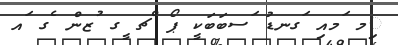
ިމ ަމއި ަގނޑު ަސބަބަކީ ޕޯ ްޗ ީގ ުޒން ެގ ައ